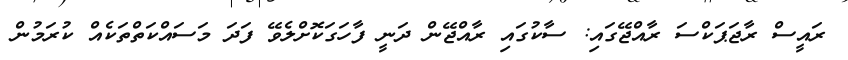
ރައީސް ރާޖަޕަކްސަ ރާއްޖޭގައި: ސާކުގައި ރާއްޖޭން ދަނީ ފާހަގަކޮށްލެވޭ ފަދަ މަސައްކަތްތަކެއް ކުރަމުން